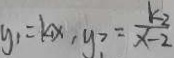
y _ { 1 } = k _ { 1 } x , y ^ { 2 } _ { 1 } = \frac { k _ { 2 } } { x - 2 }